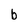
Character: b